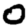
Digit: 0